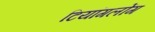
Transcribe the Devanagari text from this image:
टियांगलोंग